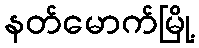
နတ်မောက်မြို့